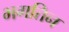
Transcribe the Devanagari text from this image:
भगतिन